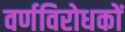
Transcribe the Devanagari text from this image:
वर्णविरोधकों